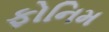
ફોનિમ